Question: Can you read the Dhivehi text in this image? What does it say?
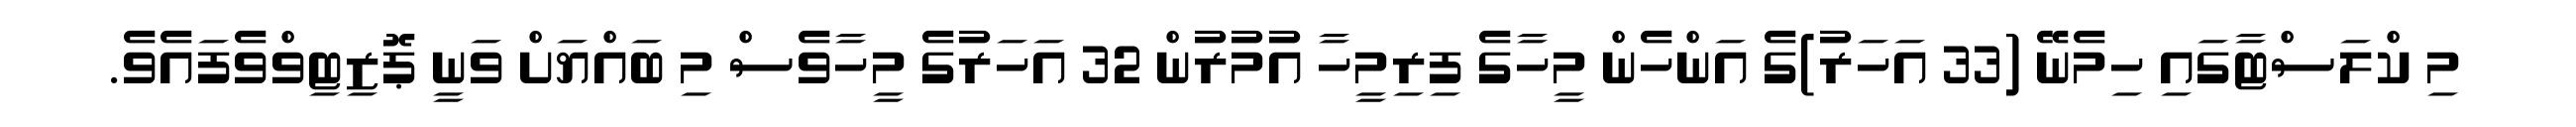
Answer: މި ކްލަސްޓާގައި ހިމެނޭ (33 އަހަރު)ގެ އަންހެން މީހާގެ ފިރިމީހާ އުމުރުން 32 އަހަރުގެ މީހާވެސް މި ބައްޔަށް ވަނީ ޕޮޒިޓިވްވެފައެވެ.